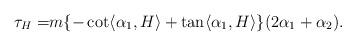
LaTeX: \begin{align*}\tau_{H}=&m\{-\cot \langle \alpha_{1} , H \rangle +\tan \langle \alpha_{1} , H \rangle \}(2\alpha_{1}+\alpha_{2}).\end{align*}